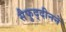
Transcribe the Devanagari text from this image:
सैफुद्दीनने